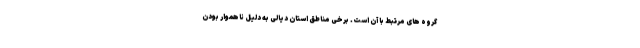
گروه های مرتبط با آن است. برخی مناطق استان دیالی به دلیل ناهموار بودن